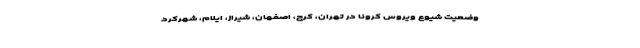
وضعیت شیوع ویروس کرونا در تهران، کرج، اصفهان، شیراز، ایلام، شهرکرد